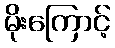
မိုးကြောင့်